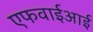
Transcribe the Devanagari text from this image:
एफवाईआई